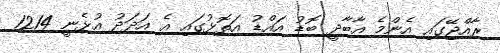
ރާއްޖޭގައި އެންމެ އާބާދީ ބޮޑު އައްޑު އަތޮޅުގައި އެ އަަދަދު އުޅެނީ 1214